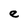
Character: e